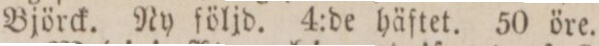
Björck. Ny följd. 4:de häftet. 50 öre.